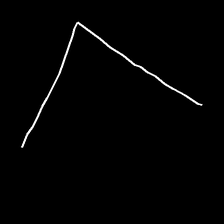
Glyph: region